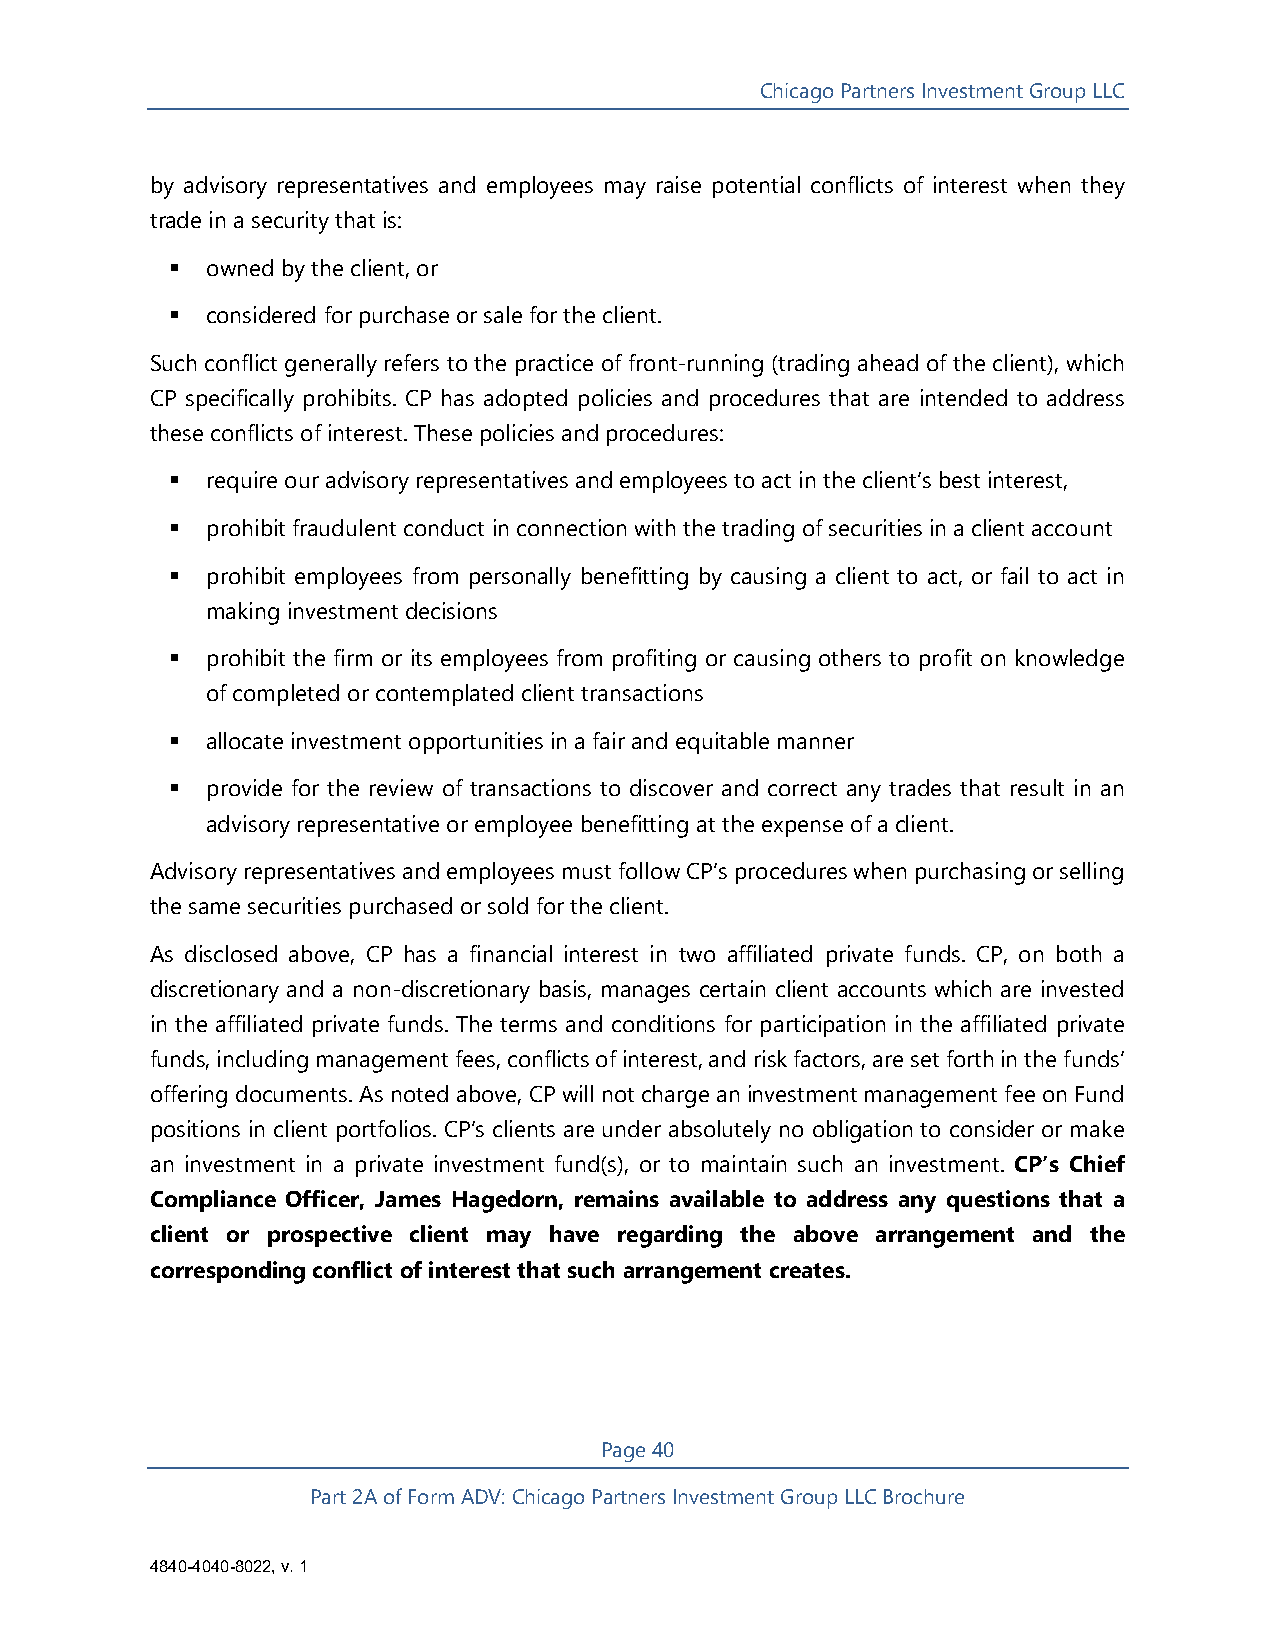
Chicago Partners Investment Group LLC
 by advisory representatives and employees may raise potential conflicts of interest when they
 trade in a security that is:
   owned by the client, or
   considered for purchase or sale for the client.
 Such conflict generally refers to the practice of front-running (trading ahead of the client), which
 CP specifically prohibits. CP has adopted policies and procedures that are intended to address
 these conflicts of interest. These policies and procedures:
   require our advisory representatives and employees to act in the client’s best interest,
   prohibit fraudulent conduct in connection with the trading of securities in a client account
   prohibit employees from personally benefitting by causing a client to act, or fail to act in
 making investment decisions
   prohibit the firm or its employees from profiting or causing others to profit on knowledge
 of completed or contemplated client transactions
   allocate investment opportunities in a fair and equitable manner
   provide for the review of transactions to discover and correct any trades that result in an
 advisory representative or employee benefitting at the expense of a client.
 Advisory representatives and employees must follow CP’s procedures when purchasing or selling
 the same securities purchased or sold for the client.
 As disclosed above, CP has a financial interest in two affiliated private funds. CP, on both a
 discretionary and a non-discretionary basis, manages certain client accounts which are invested
 in the affiliated private funds. The terms and conditions for participation in the affiliated private
 funds, including management fees, conflicts of interest, and risk factors, are set forth in the funds’
 offering documents. As noted above, CP will not charge an investment management fee on Fund
 positions in client portfolios. CP’s clients are under absolutely no obligation to consider or make
 an investment in a private investment fund(s), or to maintain such an investment. CP’s Chief
 Compliance Officer, James Hagedorn, remains available to address any questions that a
 client or prospective client may have regarding the above arrangement and the
 corresponding conflict of interest that such arrangement creates.
 Page 40
 Part 2A of Form ADV: Chicago Partners Investment Group LLC Brochure
 4840-4040-8022, v. 1